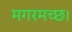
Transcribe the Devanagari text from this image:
मगरमच्छ।